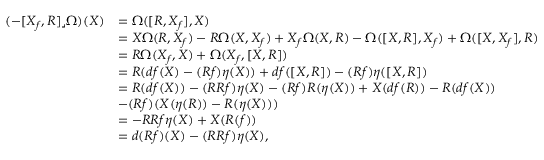
\begin{array} { r l } { ( - [ X _ { f } , R ] \lrcorner \Omega ) ( X ) } & { = \Omega ( [ R , X _ { f } ] , X ) } \\ & { = X \Omega ( R , X _ { f } ) - R \Omega ( X , X _ { f } ) + X _ { f } \Omega ( X , R ) - \Omega ( [ X , R ] , X _ { f } ) + \Omega ( [ X , X _ { f } ] , R ) } \\ & { = R \Omega ( X _ { f } , X ) + \Omega ( X _ { f } , [ X , R ] ) } \\ & { = R ( d f ( X ) - ( R f ) \eta ( X ) ) + d f ( [ X , R ] ) - ( R f ) \eta ( [ X , R ] ) } \\ & { = R ( d f ( X ) ) - ( R R f ) \eta ( X ) - ( R f ) R ( \eta ( X ) ) + X ( d f ( R ) ) - R ( d f ( X ) ) } \\ & { - ( R f ) ( X ( \eta ( R ) ) - R ( \eta ( X ) ) ) } \\ & { = - R R f \eta ( X ) + X ( R ( f ) ) } \\ & { = d ( R f ) ( X ) - ( R R f ) \eta ( X ) , } \end{array}